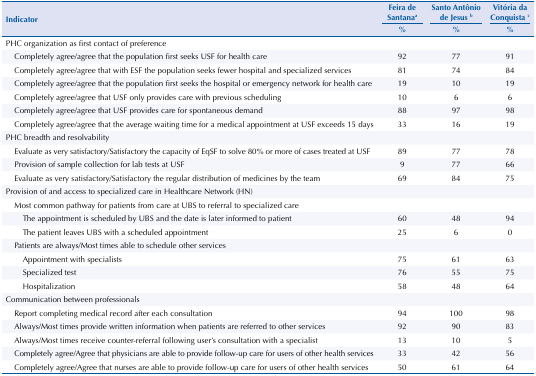
<table><thead><tr><td rowspan="3"><b>Indicator</b></td><td><b>Feira de Santana<sup>a</sup></b></td><td><b>Santo Antônio de Jesus <sup>b</sup></b></td><td><b>Vitória da Conquista <sup>c</sup></b></td></tr><tr><td><b>%</b></td><td><b>%</b></td><td><b>%</b></td></tr></thead><tbody><tr><td colspan="4">PHC organization as first contact of preference</td></tr><tr><td>Completely agree/agree that the population first seeks USF for health care</td><td>92</td><td>77</td><td>91</td></tr><tr><td>Completely agree/agree that with ESF the population seeks fewer hospital and specialized services</td><td>81</td><td>74</td><td>84</td></tr><tr><td>Completely agree/agree that the population first seeks the hospital or emergency network for health care</td><td>19</td><td>10</td><td>19</td></tr><tr><td>Completely agree/agree that USF only provides care with previous scheduling</td><td>10</td><td>6</td><td>6</td></tr><tr><td>Completely agree/agree that USF provides care for spontaneous demand</td><td>88</td><td>97</td><td>98</td></tr><tr><td>Completely agree/agree that the average waiting time for a medical appointment at USF exceeds 15 days</td><td>33</td><td>16</td><td>19</td></tr><tr><td colspan="4">PHC breadth and resolvability</td></tr><tr><td>Evaluate as very satisfactory/Satisfactory the capacity of EqSF to solve 80% or more of cases treated at USF</td><td>89</td><td>77</td><td>78</td></tr><tr><td>Provision of sample collection for lab tests at USF</td><td>9</td><td>77</td><td>66</td></tr><tr><td>Evaluate as very satisfactory/Satisfactory the regular distribution of medicines by the team</td><td>69</td><td>84</td><td>75</td></tr><tr><td colspan="4">Provision of and access to specialized care in Healthcare Network (HN)</td></tr><tr><td>Most common pathway for patients from care at UBS to referral to specialized care</td><td> </td><td> </td><td> </td></tr><tr><td>The appointment is scheduled by UBS and the date is later informed to patient</td><td>60</td><td>48</td><td>94</td></tr><tr><td>The patient leaves UBS with a scheduled appointment</td><td>25</td><td>6</td><td>0</td></tr><tr><td>Patients are always/Most times able to schedule other services</td><td> </td><td> </td><td> </td></tr><tr><td>Appointment with specialists</td><td>75</td><td>61</td><td>63</td></tr><tr><td>Specialized test</td><td>76</td><td>55</td><td>75</td></tr><tr><td>Hospitalization</td><td>58</td><td>48</td><td>64</td></tr><tr><td colspan="4">Communication between professionals</td></tr><tr><td>Report completing medical record after each consultation</td><td>94</td><td>100</td><td>98</td></tr><tr><td>Always/Most times provide written information when patients are referred to other services</td><td>92</td><td>90</td><td>83</td></tr><tr><td>Always/Most times receive counter-referral following user’s consultation with a specialist</td><td>13</td><td>10</td><td>5</td></tr><tr><td>Completely agree/Agree that physicians are able to provide follow-up care for users of other health services</td><td>33</td><td>42</td><td>56</td></tr><tr><td>Completely agree/Agree that nurses are able to provide follow-up care for users of other health services</td><td>50</td><td>61</td><td>64</td></tr></tbody></table>